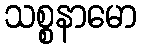
သစ္စနာမော